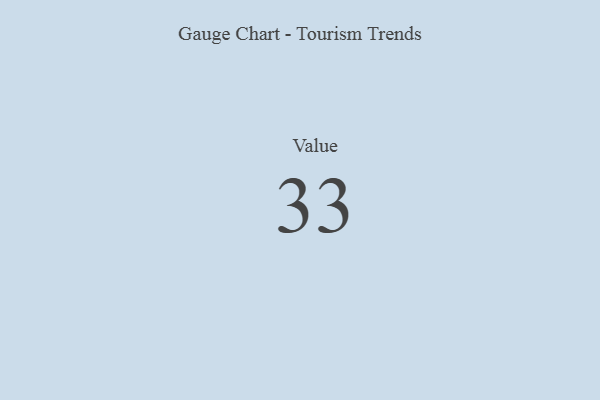
{"axis": {"x": "Metric", "y": "Value"}, "legend": [""], "data": [{"x": "Value", "y": 33, "type": ""}]}